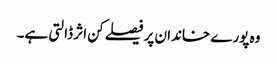
وہ پورے خاندان پر فیصلے کن اثر ڈالتی ہے۔